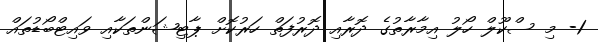
1- މި ސްކޫލް ހޯލު އިމާރާތުގެ ދޮރާއި ދޮރުފަތް ހަރުކޮށް ޕާޓިޝަންތަކާއި ވައިޓްބޯޑުތައް